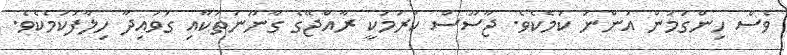
ވެސް ހިންގަމުން އަންނަ ކަމެކެވެ. ޖާސޫސް ކުރުމަކީ ރާއްޖޭގެ ގާނޫނުތަކާއި ގަވައިދާ ހިލާފުކަމެކެވެ.